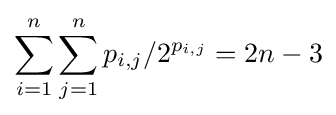
\sum _{i=1}^{n}\sum _{j=1}^{n}p_{i,j}/2^{p_{i,j}}=2n-3